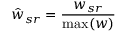
\hat { w } _ { s r } = \frac { w _ { s r } } { \operatorname* { m a x } ( w ) }